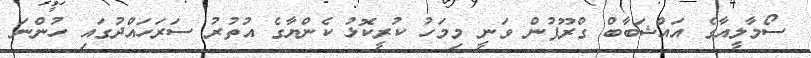
ސޯމާލީއާގެ އައްޝަބާބް ގްރޫޕުން ވަނީ މިމަހު ކުރީކޮޅު ކެންޔާގެ އުތުރު ސަރަހައްދުގައި ހުންނަ